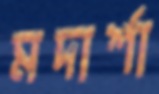
মদার্শা